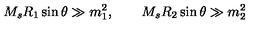
M _ { s } R _ { 1 } \sin \theta \gg m _ { 1 } ^ { 2 } , \qquad M _ { s } R _ { 2 } \sin \theta \gg m _ { 2 } ^ { 2 }